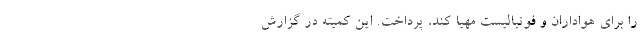
را برای هواداران و فوتبالیست مهیا کند، پرداخت. این کمیته در گزارش